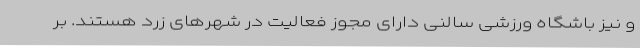
و نیز باشگاه ورزشی سالنی دارای مجوز فعالیت در شهرهای زرد هستند. بر